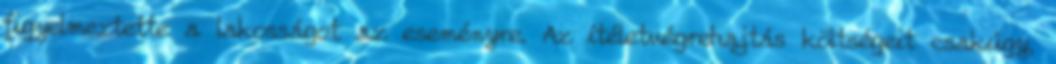
figyelmeztette a lakosságot az eseményre. Az ítéletvégrehajtás költségeit csakúgy,